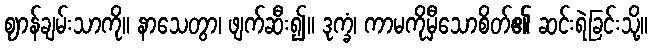
ဈာန်ချမ်းသာကို။ နာသေတွာ၊ ဖျက်ဆီး၍။ ဒုက္ခံ၊ ကာမကိုမှီသောစိတ်၏ ဆင်းရဲခြင်းသို့။